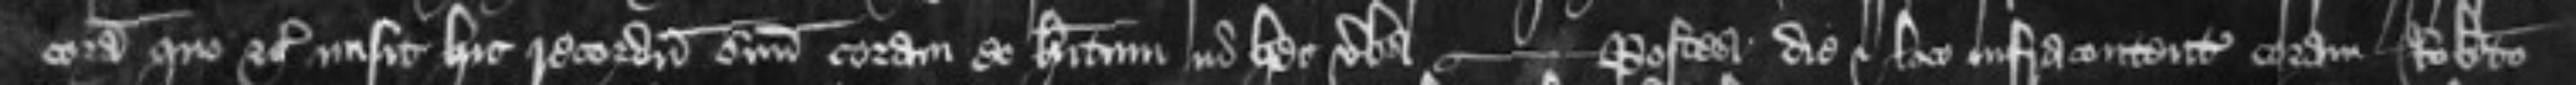
coram quo etc misit hic recordum suum coram se habitum in hec verba -- Postea die et loco infracontentis coram Roberto